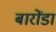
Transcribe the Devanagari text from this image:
बारोंडा